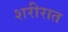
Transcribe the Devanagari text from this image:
शरीरात